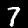
Label: 7